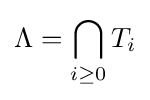
\Lambda =\bigcap _{i\geq 0}T_{i}